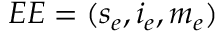
E E = ( s _ { e } , i _ { e } , m _ { e } )